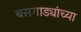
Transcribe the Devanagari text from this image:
बसगाड्यांच्या